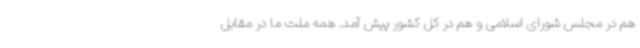
هم در مجلس شورای اسلامی و هم در کل کشور پیش آمد. همه ملت ما در مقابل